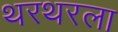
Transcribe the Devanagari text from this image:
थरथरला